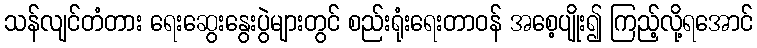
သန်လျင်တံတား ရေးဆွေးနွေးပွဲများတွင် စည်းရုံးရေးတာဝန် အစေ့ပျိုး၍ ကြည့်လို့ရအောင်